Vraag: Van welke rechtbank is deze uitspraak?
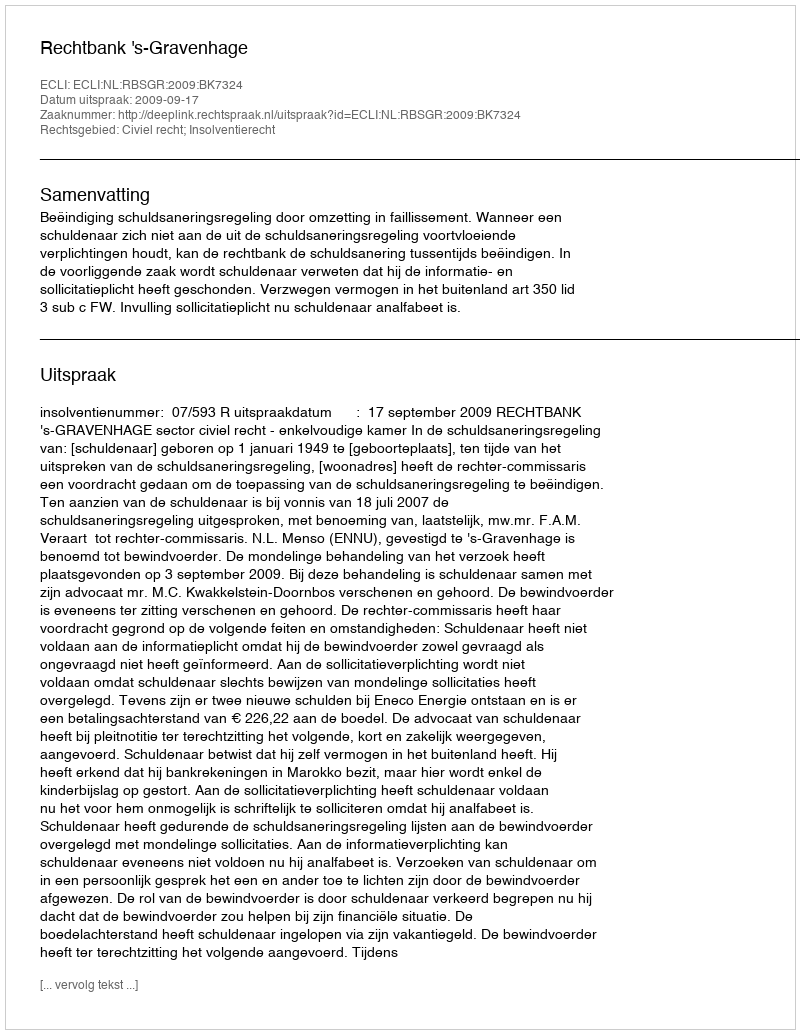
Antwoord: Rechtbank 's-Gravenhage